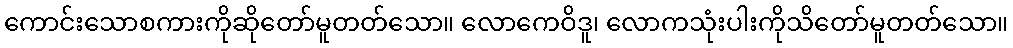
ကောင်းသောစကားကိုဆိုတော်မူတတ်သော။ လောကေဝိဒူ၊ လောကသုံးပါးကိုသိတော်မူတတ်သော။